Jaan_Tonisson_(Lasteleht), lk 237
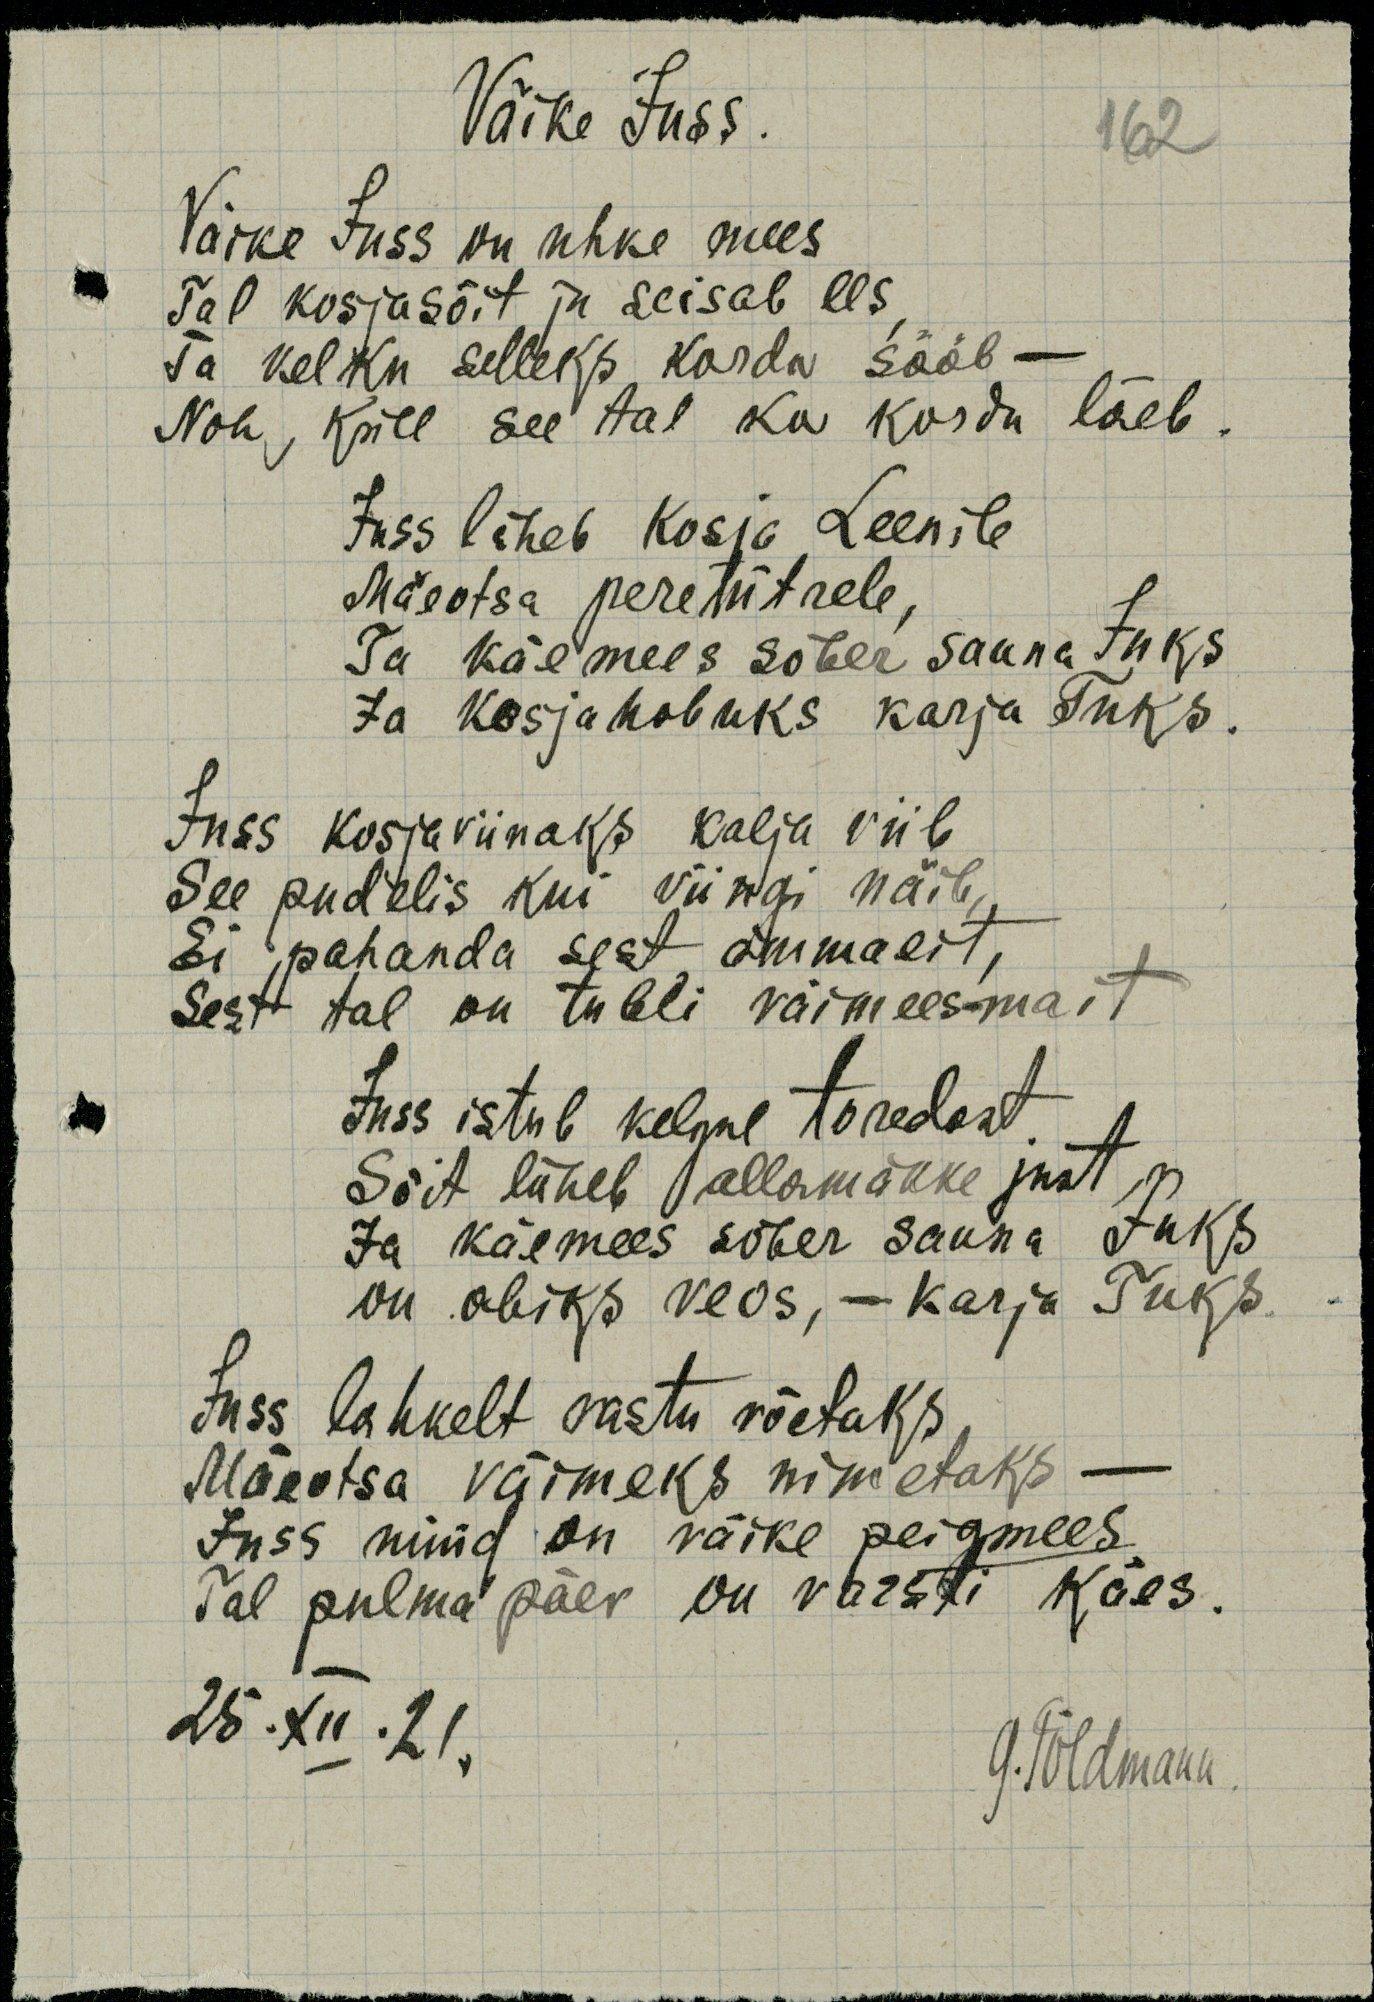
Väike Juss.
Väike Juss on uhke mees
Tal kosjasõit ju seisab ees,
Ta kelku selleks korda sääb -
Noh, küll see tal ka korda läeb.
Juss läheb kosja Leenile
Mäeotsa peretütrele,
Ta käemees sõber sauna Juks
Ja kosjahobuks karja Tuks.
Juss kosjaviinaks kalja viib
See pudelis kui viingi näib
Ei pahanda sest ämmaeit,
Sest tal on tubli väimees-mait
Juss istub kelgul toredast.
Sõit läheb allamäkke just
Ja käemees sõber sauna Juks
on abiks veos, - karja Tuks
Juss lahkelt vastu võetaks
Mäeotsa väimeks nimetaks -
Juss nüüd on väike peigmees
Tal pulmapäev on varsti käes.
25.XII.21.
G.Põldmann